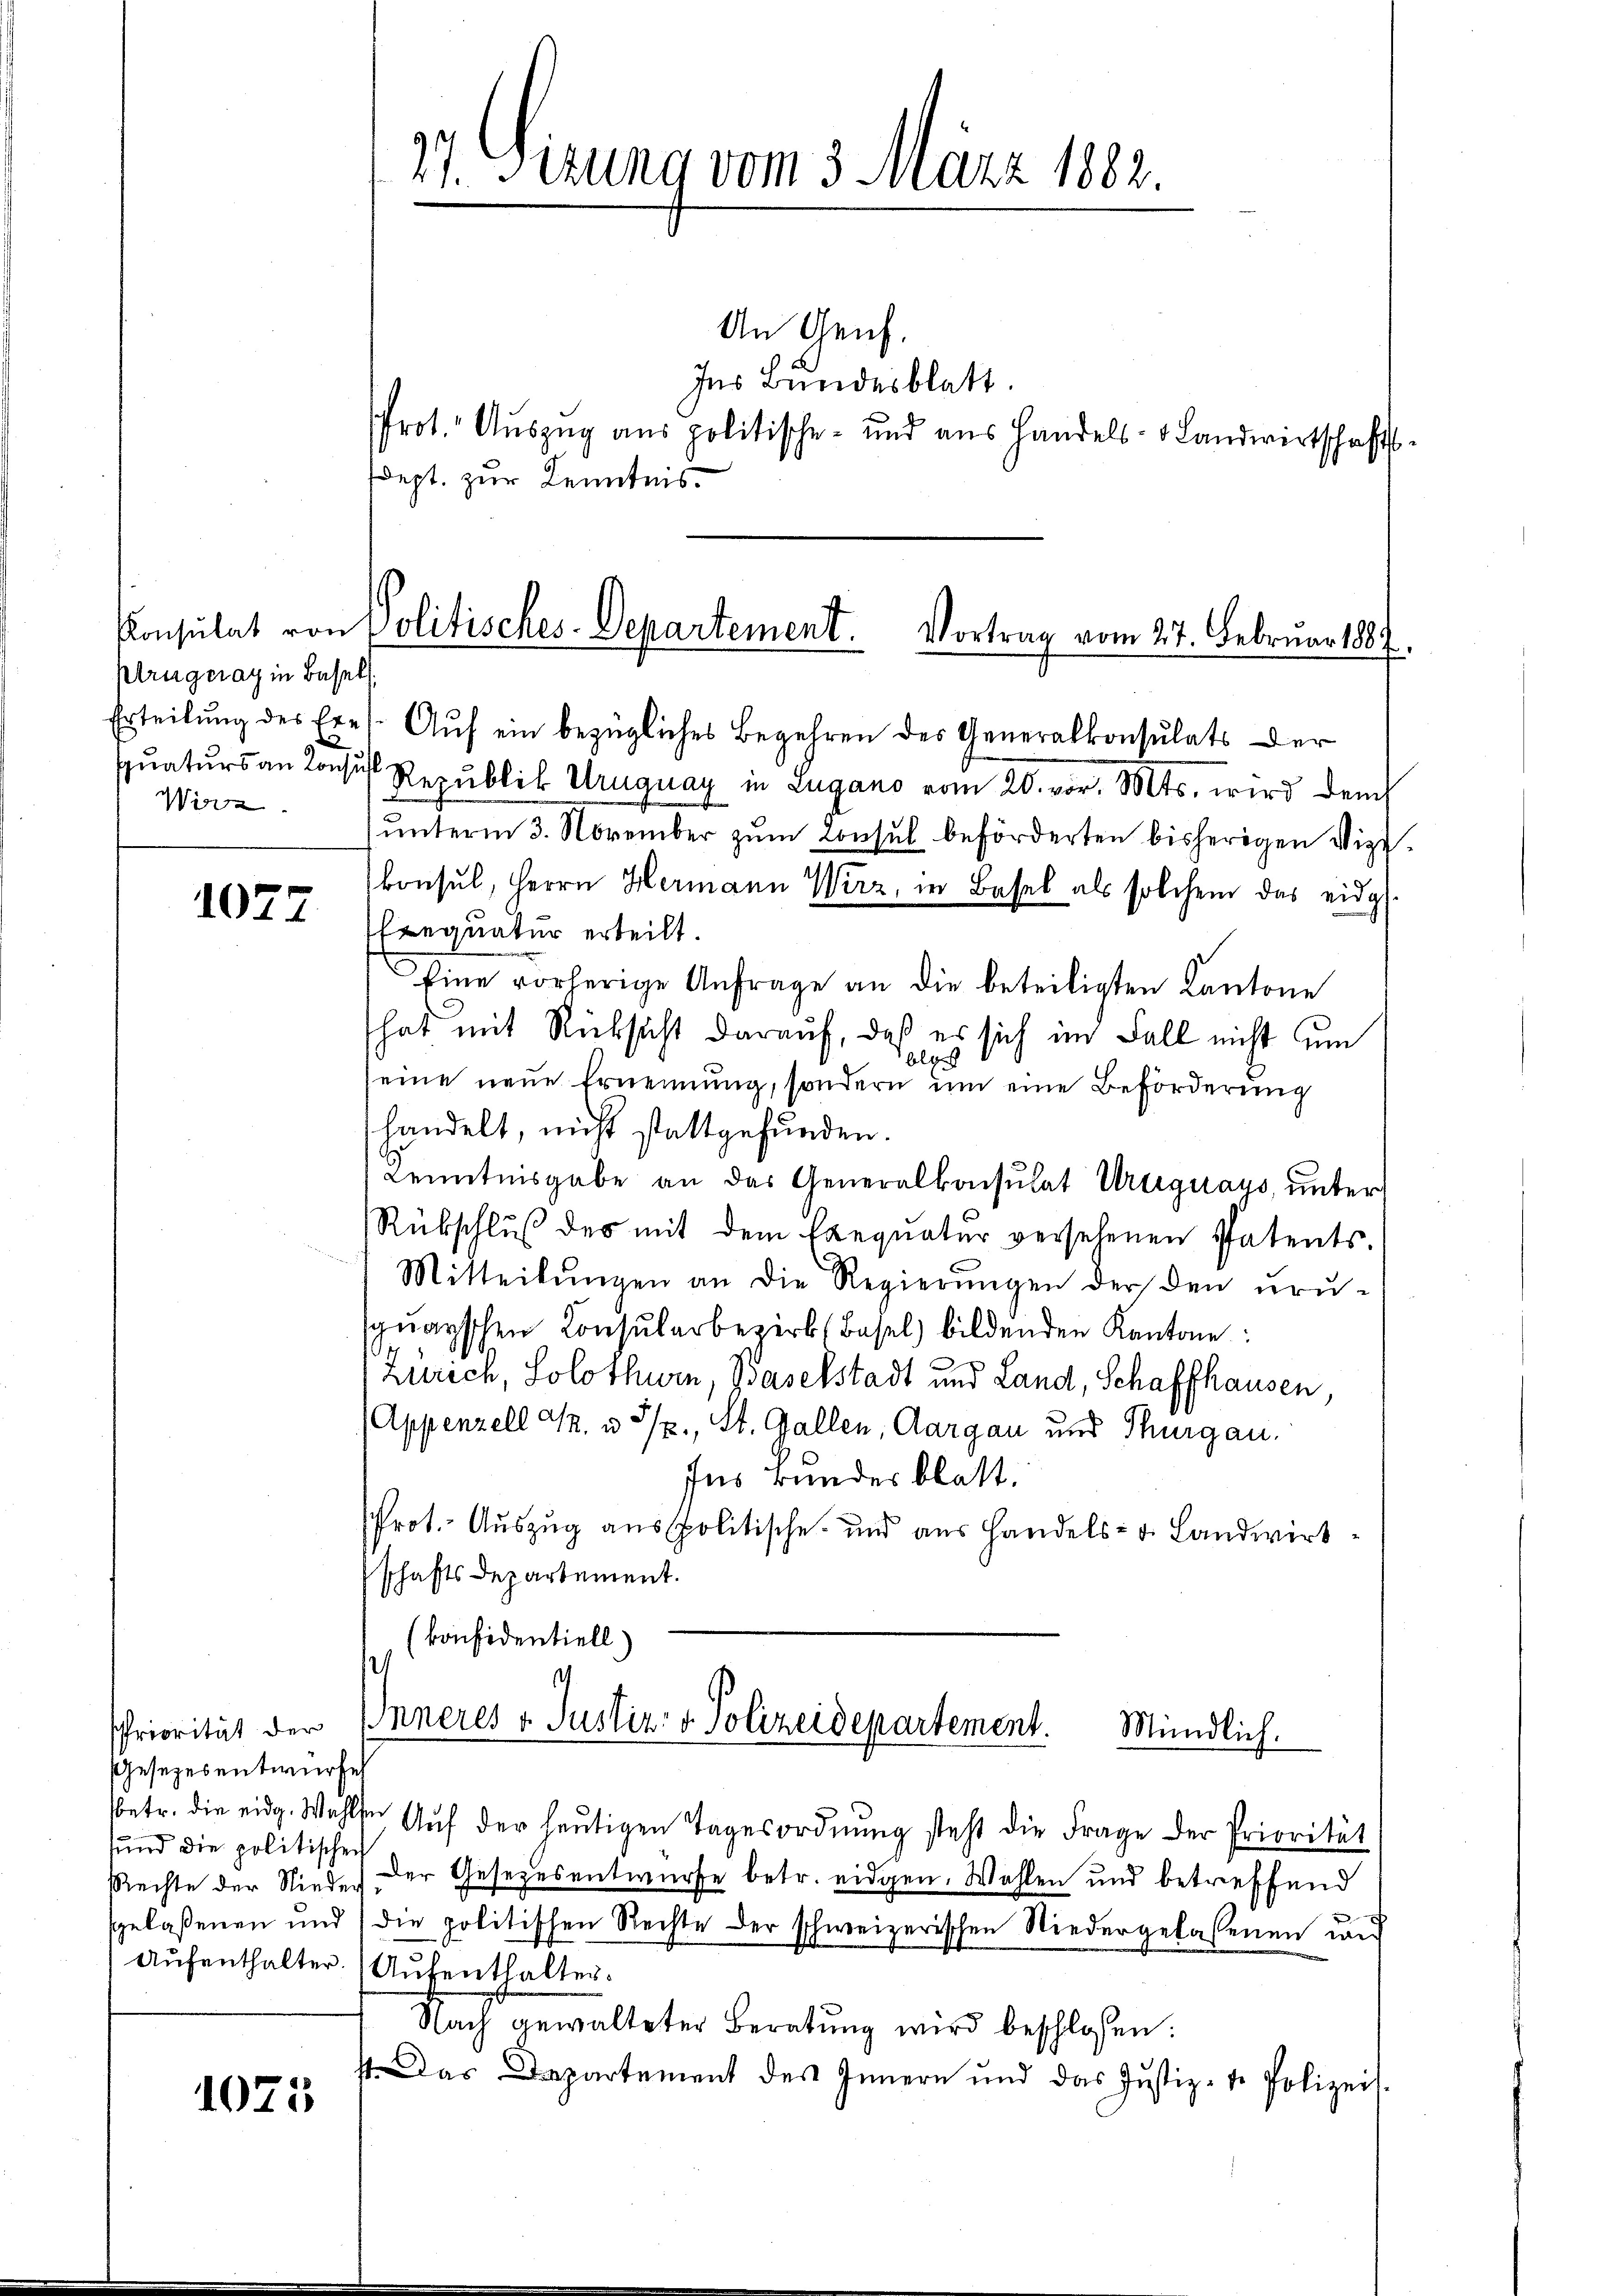
Konsulat von
ptrügerat in Basel
Erteilung des Ere
d
Quaturs an Konsu
Wisse

1077

Priorität der
Gesezesentwurfes
betr. die eidg. Wahl
sund die politischen
Rechte der Nieder
ggelaßenen und
Aufenthalter

1025

t

17. Sizung vom 3. März 1882.

An Genf.
Ins Bundesblatt.
rot. Auszug aus politische- und aus Handels- & Landwirtschaft
dept. zur Kenntnis.

Politisches-Departement. Vortrag vom 27. Februar 1887
s

Auf ein bezügliches Begehren des Generalkonsulats der
 Republik Uruguay in Zugano vom 20. vor. Mts. wird dem
ŭnterm 3. November zŭm Consul beförderten bisherigen Vize-
konsul, Herrn Hermann Wirz, in Basel als solchem das eidg
Erequatur erteilt.
Eine vorherige Anfrage an die beteiligten Kantone
hat mit Rücksicht darauf, daß es sich im Fall nicht um
alges
seine neue Ernennung, sondern um eine Beförderung
handelt, nicht stattgefunden.
Kenntnisgabe an das Generalkonsulat Uruguays, unter
Rükschluß des mit dem Exequatur versehenen Patents-
Mitteilŭngen an die Regierŭngen der den ŭrŭ-
spŭarschen Konsŭlarbezirk (Basel bildenden Kantone:
Zürich, Solothurn, Baselstadt und Land, Schaffhausen,
(Appenzell a. u. 3/2., St. Gallen, Aargau und Thurgau,
für Bunder blatt.
Prot. Auszug aus politische und aus Handels- u. Landwirtschafts Departement.
(konfidentiell)
.
IInneres v. Justiz- & Polizeidepartement.
Mündlich.
n Aŭf der heŭtigen Tagesordnung steht die Frage der Priorität
Der Gesezesentwurfe betr. eidgen. Wahlen und betreffend
die politischen Rechte der schweizerischen Niedergelassenen und
Aufenthalter.
Nach gewalteter Beratung wird beschlossen:
Das Departement des Innern und das Justiz-t. Polizei-